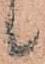
候